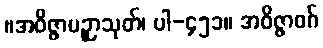
။အဝိဇ္ဇာပဉှာသုတ်၊ ပါ-၄၅၁။ အဝိဇ္ဇာဝဂ်